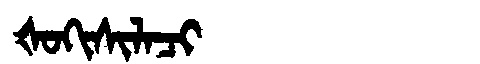
Manchu: ᡧᠣᡴᡳᠰᡳᠯᠠᠴᡳ
Romanization: ŠOKISILACI